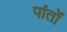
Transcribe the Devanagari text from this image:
पांतों